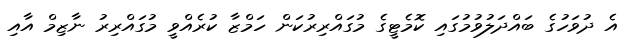
އެ ދުވަހުގެ ބައްދަލުވުމުގައި ކޮމެޓީގެ މުގައްރިރުކަން ހަމްޒާ ކުރެއްވީ މުގައްރިރު ނާޒިމް އާއި